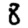
Digit: 8